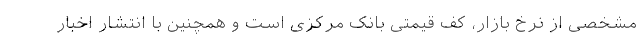
مشخصی از نرخ بازار، کف قیمتی بانک مرکزی است و همچنین با انتشار اخبار